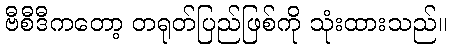
ဗီစီဒီကတော့ တရုတ်ပြည်ဖြစ်ကို သုံးထားသည်။